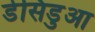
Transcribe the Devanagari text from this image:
डेसिडुआ